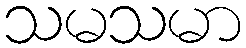
သမသမာ